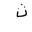
Letter: _tha